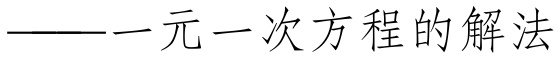
——一元一次方程的解法